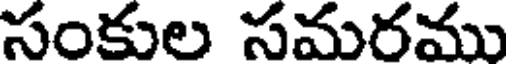
సంకుల సమరము